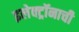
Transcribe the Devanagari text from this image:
इलेक्ट्रॉनाची